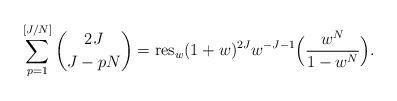
LaTeX: \begin{align*} \sum_{p=1}^{[J/N]}\binom {2J} {J-pN}=\hbox{res}_{w}(1+w)^{2J}w^{-J-1}\Big(\frac{w^{N}}{1-w^{N}} \Big). \end{align*}